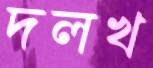
দলখ